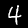
Label: 4